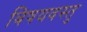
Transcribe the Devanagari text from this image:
बिषयवस्तु